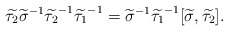
\begin{align*}\widetilde {\tau_2} {\widetilde {\sigma}}^{-1} {\widetilde {\tau_2}}^{-1} {\widetilde {\tau_1}}^{-1} ={\widetilde \sigma}^{-1} {\widetilde {\tau_1}}^{-1} [\widetilde \sigma, \widetilde {\tau_2}].\end{align*}